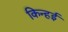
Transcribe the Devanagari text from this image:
किन्हई